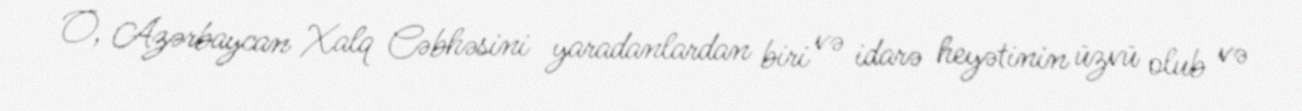
O, Azərbaycan Xalq Cəbhəsini yaradanlardan biri və idarə heyətinin üzvü olub və